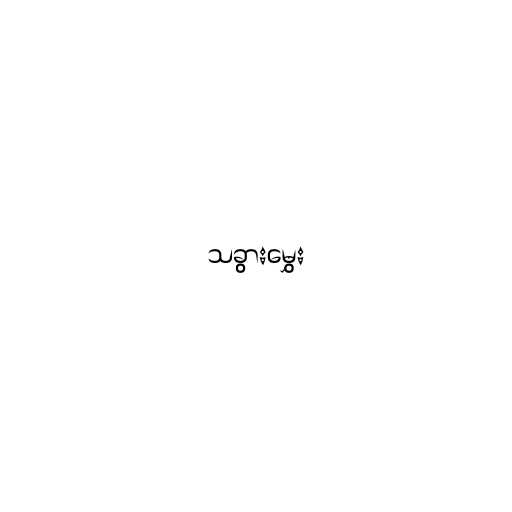
သခွားမွှေး